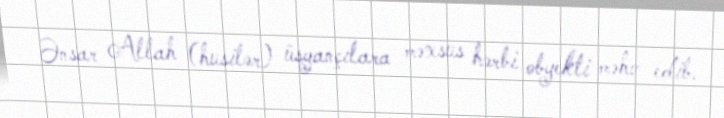
Ənsar Allah (husilər) üsyançılara məxsus hərbi obyekti məhv edib.